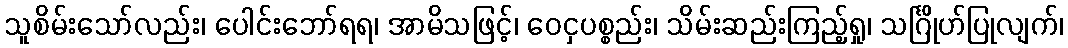
သူစိမ်းသော်လည်း၊ ပေါင်းဘော်ရရ၊ အာမိသဖြင့်၊ ဝေငှပစ္စည်း၊ သိမ်းဆည်းကြည့်ရှု၊ သင်္ဂြိုဟ်ပြုလျက်၊